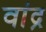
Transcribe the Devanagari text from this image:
वांद्र